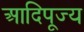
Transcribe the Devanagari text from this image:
आदिपूज्य